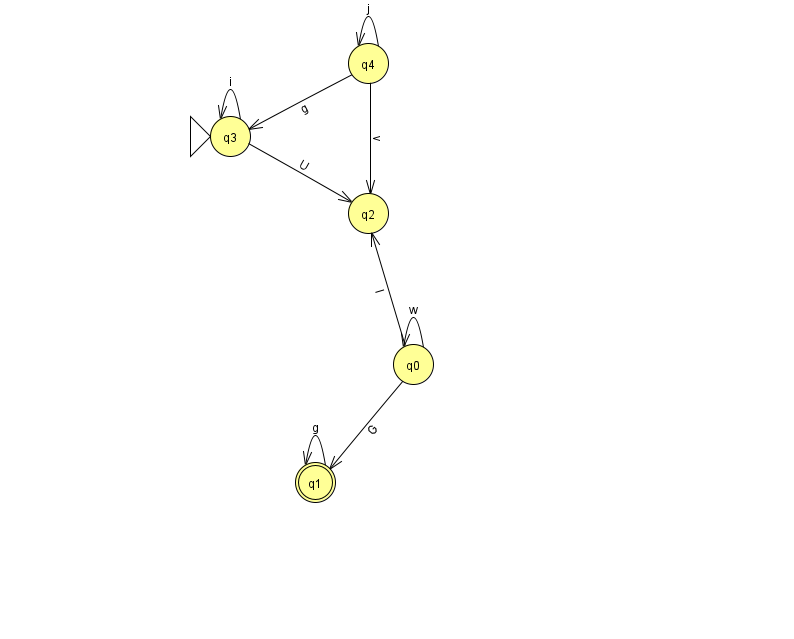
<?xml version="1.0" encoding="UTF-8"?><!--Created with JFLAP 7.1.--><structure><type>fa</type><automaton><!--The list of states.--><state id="0" name="q0"><x>413.0</x><y>351.0</y></state><state id="1" name="q1"><x>315.0</x><y>469.0</y><final/></state><state id="2" name="q2"><x>368.0</x><y>200.0</y></state><state id="3" name="q3"><x>230.0</x><y>123.0</y><initial/></state><state id="4" name="q4"><x>368.0</x><y>50.0</y></state><!--The list of transitions.--><transition><from>3</from><to>2</to><read>U</read></transition><transition><from>4</from><to>3</to><read>g</read></transition><transition><from>0</from><to>1</to><read>G</read></transition><transition><from>4</from><to>2</to><read>v</read></transition><transition><from>0</from><to>0</to><read>w</read></transition><transition><from>1</from><to>1</to><read>g</read></transition><transition><from>0</from><to>2</to><read>I</read></transition><transition><from>3</from><to>3</to><read>i</read></transition><transition><from>4</from><to>4</to><read>j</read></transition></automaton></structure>